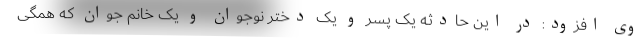
وی افزود: در این حادثه یک پسر و یک دختر نوجوان و یک خانم جوان که همگی